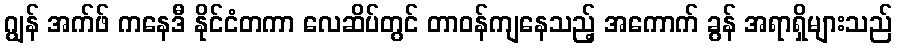
ဂျွန် အက်ဖ် ကနေဒီ နိုင်ငံတကာ လေဆိပ်တွင် တာဝန်ကျနေသည့် အကောက် ခွန် အရာရှိများသည်